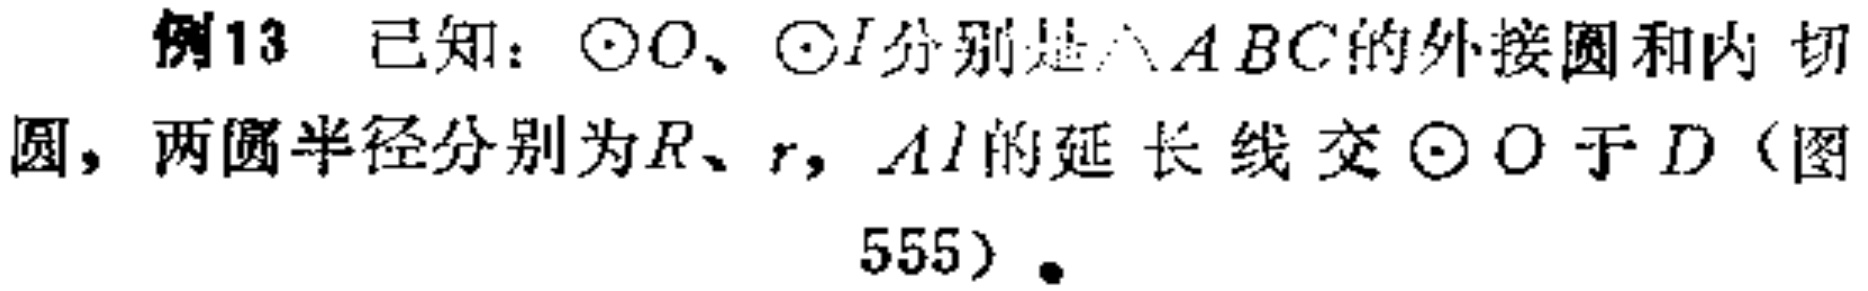
例13 已知：$\odot O$、$\odot I$分别是$\triangle ABC$的外接圆和内切圆，两圆半径分别为$R$、$r$，$AI$的延长线交$\odot O$于$D$（图555）.